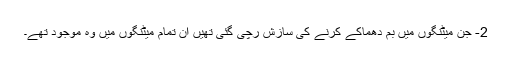
2- جن میٹنگوں میں بم دھماکے کرنے کی سازش رچی گئی تھیں ان تمام میٹنگوں میں وہ موجود تھے۔